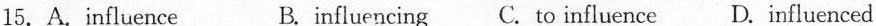
15.A.Influence B.influencing C. To influenceD. Influenced